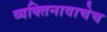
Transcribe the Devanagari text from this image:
व्यक्तिनावाचेच